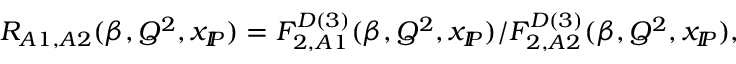
R _ { A 1 , A 2 } ( \beta , Q ^ { 2 } , x _ { I \! \! P } ) = F _ { 2 , A 1 } ^ { D ( 3 ) } ( \beta , Q ^ { 2 } , x _ { I \! \! P } ) / F _ { 2 , A 2 } ^ { D ( 3 ) } ( \beta , Q ^ { 2 } , x _ { I \! \! P } ) ,